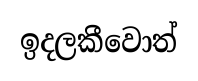
ඉදලකීවොත්